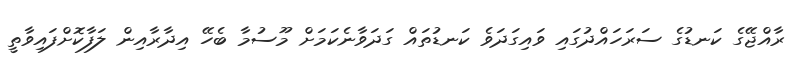
ރާއްޖޭގެ ކަނޑުގެ ސަރަހައްދުގައި ވައިގަދަވެ ކަނޑުތައް ގަދަވާނެކަމަށް މޫސުމާ ބެހޭ އިދާރާއިން ލަފާކޮށްފައިވާތީ